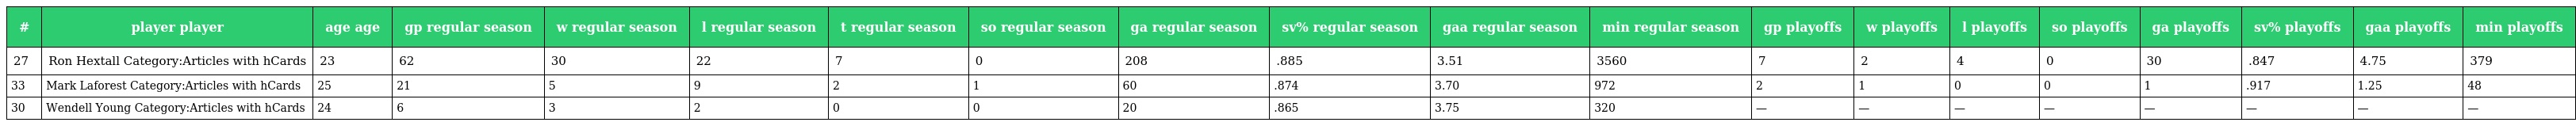
| # | player player | age age | gp regular season | w regular season | l regular season | t regular season | so regular season | ga regular season | sv% regular season | gaa regular season | min regular season | gp playoffs | w playoffs | l playoffs | so playoffs | ga playoffs | sv% playoffs | gaa playoffs | min playoffs |
 | --- | --- | --- | --- | --- | --- | --- | --- | --- | --- | --- | --- | --- | --- | --- | --- | --- | --- | --- | --- |
 | 27 | Ron Hextall Category:Articles with hCards | 23 | 62 | 30 | 22 | 7 | 0 | 208 | .885 | 3.51 | 3560 | 7 | 2 | 4 | 0 | 30 | .847 | 4.75 | 379 |
 | 33 | Mark Laforest Category:Articles with hCards | 25 | 21 | 5 | 9 | 2 | 1 | 60 | .874 | 3.70 | 972 | 2 | 1 | 0 | 0 | 1 | .917 | 1.25 | 48 |
 | 30 | Wendell Young Category:Articles with hCards | 24 | 6 | 3 | 2 | 0 | 0 | 20 | .865 | 3.75 | 320 | — | — | — | — | — | — | — | — |